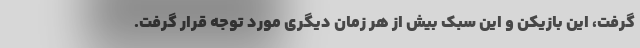
گرفت، این بازیکن و این سبک بیش از هر زمان دیگری مورد توجه قرار گرفت.